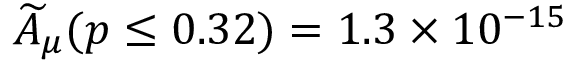
\widetilde { A } _ { \mu } ( p \leq 0 . 3 2 ) = 1 . 3 \times 1 0 ^ { - 1 5 }